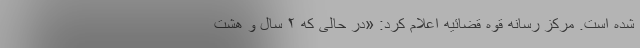
شده است. مرکز رسانه قوه قضائیه اعلام کرد: «در حالی که ۲ سال و هشت